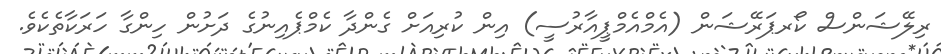
ރިލޭޝަންސް ކޯރޕަރޭޝަން (އެމްއެމްޕީއާރުސީ) އިން ކުރިއަށް ގެންދާ ކެމްޕެއިނުގެ ދަށުން ހިންގާ ހަރަކާތެކެވެ.